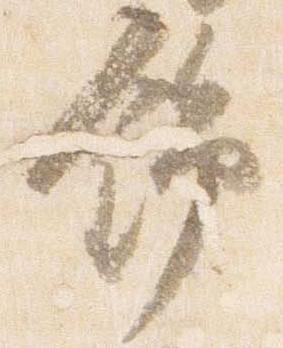
錦